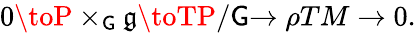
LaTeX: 0\toP\times_{\mathsf{G}}{\mathfrak{{g}}}\toTP/\mathsf{G}{\xrightarrow{}{{\rho}}}TM\to0.